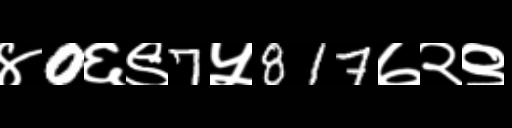
Text: ४0६९7५817७२९